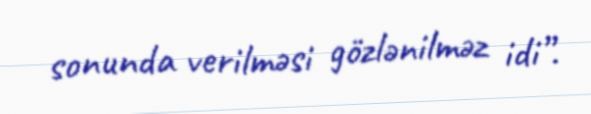
sonunda verilməsi gözlənilməz idi”.